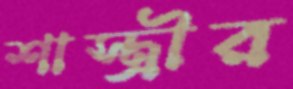
শাস্ত্রীর